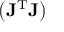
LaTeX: \left( \mathbf { J } ^ { \mathrm { T } } \mathbf { J } \right)